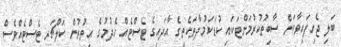
ބަލި ޖެހިފައިވާކަން ސާބިތުކުރުމަށްޓަކައި ކުޑަކަމުދާތަކެތީގެ އާދައިގެ ޓެސްޓެއް ހެދުމުގެ އިތުރުން ކަލްޗަރ ޓެސްޓެއްވެސް